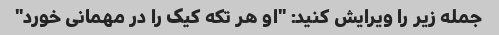
جمله زیر را ویرایش کنید: "او هر تکه کیک را در مهمانی خورد"